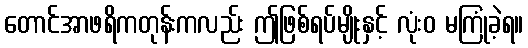
တောင်အာဖရိကတုန်းကလည်း ဤဖြစ်ရပ်မျိုးနှင့် လုံးဝ မကြုံခဲ့ရ။